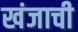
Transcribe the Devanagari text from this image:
खंजाची